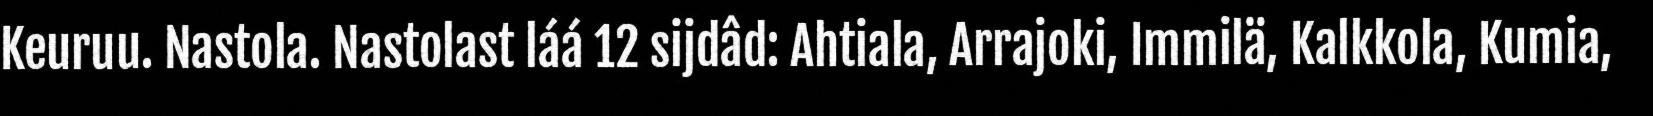
Keuruu. Nastola. Nastolast láá 12 sijdâd: Ahtiala, Arrajoki, Immilä, Kalkkola, Kumia,